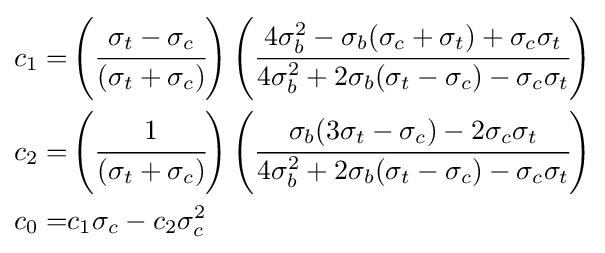
{\begin{aligned}c_{1}=&\left({\cfrac {\sigma _{t}-\sigma _{c}}{(\sigma _{t}+\sigma _{c})}}\right)\left({\cfrac {4\sigma _{b}^{2}-\sigma _{b}(\sigma _{c}+\sigma _{t})+\sigma _{c}\sigma _{t}}{4\sigma _{b}^{2}+2\sigma _{b}(\sigma _{t}-\sigma _{c})-\sigma _{c}\sigma _{t}}}\right)\\c_{2}=&\left({\cfrac {1}{(\sigma _{t}+\sigma _{c})}}\right)\left({\cfrac {\sigma _{b}(3\sigma _{t}-\sigma _{c})-2\sigma _{c}\sigma _{t}}{4\sigma _{b}^{2}+2\sigma _{b}(\sigma _{t}-\sigma _{c})-\sigma _{c}\sigma _{t}}}\right)\\c_{0}=&c_{1}\sigma _{c}-c_{2}\sigma _{c}^{2}\end{aligned}}